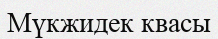
Мүкжидек квасы